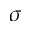
\sigma